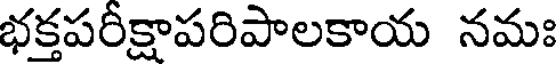
భక్తపరీక్షాపరిపాలకాయ నమః